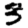
Digit: 3